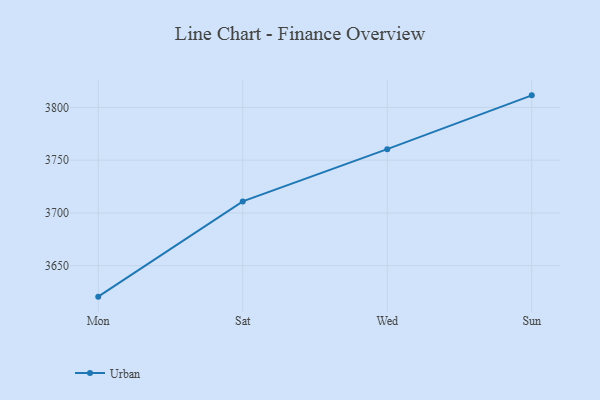
{"axis": {"x": "Day", "y": "Tickets Resolved"}, "legend": ["Urban"], "data": [{"x": "Mon", "y": 3620.6, "type": "Urban"}, {"x": "Sat", "y": 3710.9, "type": "Urban"}, {"x": "Wed", "y": 3760.5, "type": "Urban"}, {"x": "Sun", "y": 3811.5, "type": "Urban"}]}